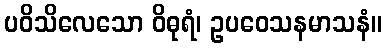
ပဝိသိလေသော ဝိဓုရံ၊ ဥပဝေသနမာသနံ။